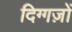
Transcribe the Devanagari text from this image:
दिग्गज़ों